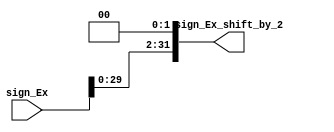
`timescale 1ns / 1ps

module shift_left_by_2(
    input [31:0] sign_Ex,
    output reg [31:0] sign_Ex_shift_by_2
    );
    
    // shift left block
    always @(sign_Ex)
    begin
    sign_Ex_shift_by_2 = (sign_Ex<<2);
    end
endmodule